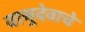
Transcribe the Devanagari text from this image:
वासुदेवाचे